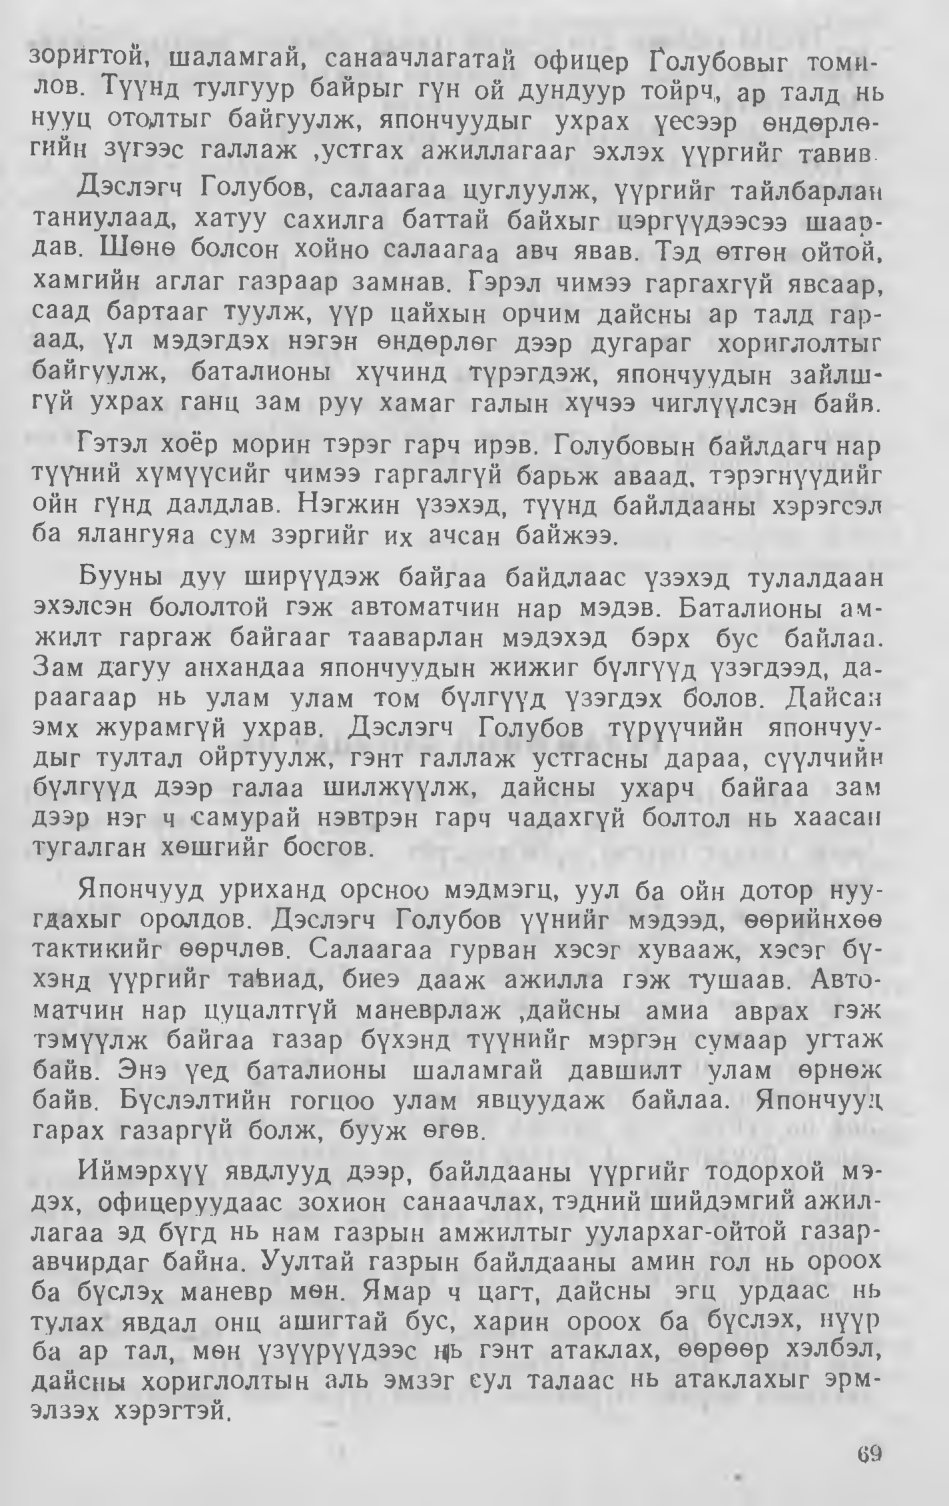
Language: mn